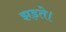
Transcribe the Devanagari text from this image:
झड़ते।